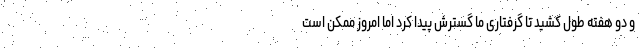
و دو هفته طول کشید تا گرفتاری ما گسترش پیدا کرد اما امروز ممکن است